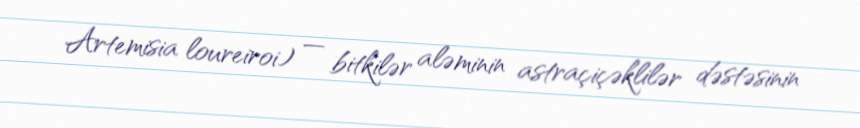
Artemisia loureiroi) — bitkilər aləminin astraçiçəklilər dəstəsinin